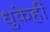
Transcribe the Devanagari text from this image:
धुकेही